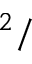
^ 2 /